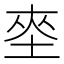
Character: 𱖪